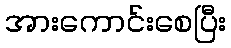
အားကောင်းစေပြီး